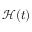
\mathcal { H } ( t )